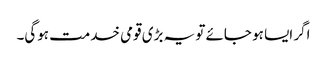
اگر ایسا ہو جائے تو یہ بڑی قومی خدمت ہوگی۔